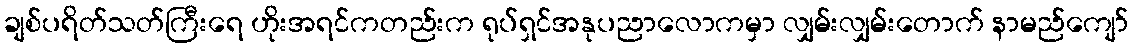
ချစ်ပရိတ်သတ်ကြီးရေ ဟိုးအရင်ကတည်းက ရုပ်ရှင်အနုပညာလောကမှာ လျှမ်းလျှမ်းတောက် နာမည်ကျော်